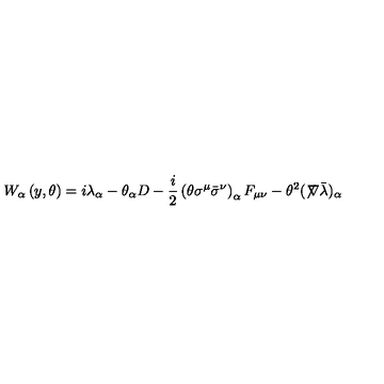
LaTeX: W _ { \alpha } \left( y , \theta \right) = i \lambda _ { \alpha } - \theta _ { \alpha } D - \frac { i } { 2 } \left( \theta \sigma ^ { \mu } \bar { \sigma } ^ { \nu } \right) _ { \alpha } F _ { \mu \nu } - \theta ^ { 2 } ( \not \! \nabla \bar { \lambda } ) _ { \alpha }